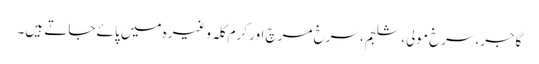
گاجر،سرخ مولی، شلجم، سرخ مرچ اور کرم کلہ وغیرہ میں پائے جاتے ہیں۔